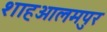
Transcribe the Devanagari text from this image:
शाहआलमपुर